Annual administration report of the Civil Veterinary Department of India - 1897-1898
Year: 1897
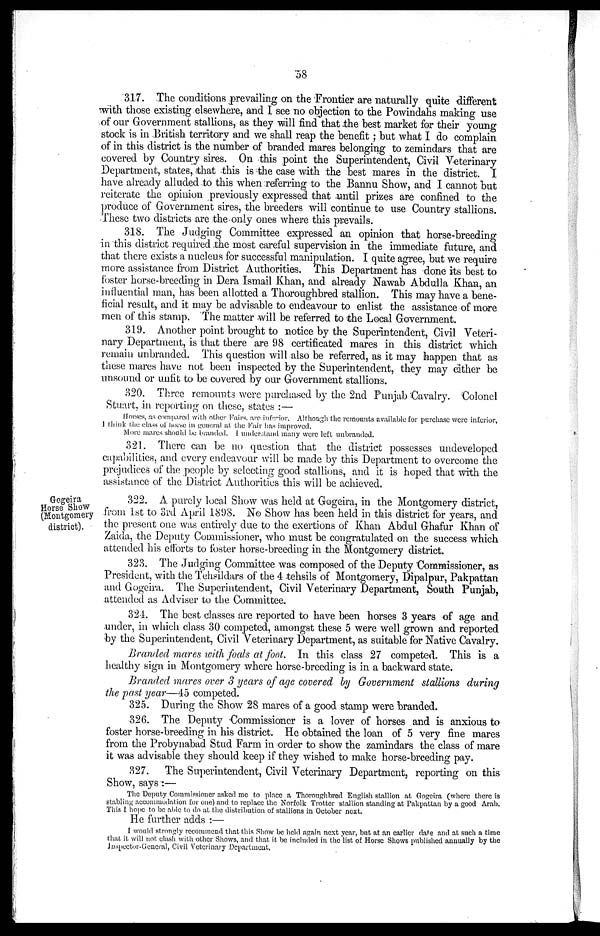
58
317. The conditions prevailing on the Frontier are naturally quite different
with those existing elsewhere, and I see no objection to the Powindahs making use
of our Government stallions, as they will find that the best market for their young
stock is in British territory and we shall reap the benefit; but what I do complain
of in this district is the number of branded mares belonging to zemindars that are
covered by Country sires. On this point the Superintendent, Civil Veterinary
Department, states, that this is the case with the best mares in the district. I
have already alluded to this when referring to the Bannu Show, and I cannot but
reiterate the opinion previously expressed that until prizes are confined to the
produce of Government sires, the breeders will continue to use Country stallions.
These two districts are the only ones where this prevails.
318. The Judging Committee expressed an opinion that horse-breeding
in this district required the most careful supervision in the immediate future, and
that there exists a nucleus for successful manipulation. I quite agree, but we require
more assistance from District Authorities. This Department has done its best to
foster horse-breeding in Dera Ismail Khan, and already Nawab Abdulla Khan, an
influential man, has been allotted a Thoroughbred stallion. This may have a bene-
ficial result, and it may be advisable to endeavour to enlist the assistance of more
men of this stamp. The matter will be referred to the Local Government.
319. Another point brought to notice by the Superintendent, Civil Veteri-
nary Department, is that there are 98 certificated mares in this district which
remain unbranded. This question will also be referred, as it may happen that as
these mares have not been inspected by the Superintendent, they may either be
unsound or unfit to be covered by our Government stallions.
320. Three remounts were purchased by the 2nd Punjab Cavalry. Colonel
Stuart, in reporting on these, status:—
Horses, as compared with other Fairs, are inferior. Although the remounts available for purchase were inferior,
I think the class of horse in general at the Fair has improved.
More mares should be branded. I understand many were left unbranded.
321. There can be no question that the district possesses undeveloped
capabilities, and every endeavour will be made by this Department to overcome the
prejudices of the people by selecting good stallions, and it is hoped that with the
assistance of the District Authorities this will be achieved.
Grogeira
Horse Show
(Montgomery
district).
322. A purely local Show was held at Gogeira, in the Montgomery district,
from 1st to 3rd April 1898. No Show has been held in this district for years, and
the present one was entirely due to the exertions of Khan Abdul Ghafur Khan of
Zaida, the Deputy Commissioner, who must be congratulated on the success which
attended his efforts to foster horse-breeding in the Montgomery district.
323. The Judging Committee was composed of the Deputy Commissioner, as
President, with the Tehsildars of the 4 tehsils of Montgomery, Dipalpur, Pakpattan
and Gogeira. The Superintendent, Civil Veterinary Department, South Punjab,
attended as Adviser to the Committee.
324 The best classes are reported to have been horses 3 years of age and
under, in which class 30 competed, amongst these 5 were well grown and reported
by the Superintendent, Civil Veterinary Department, as suitable for Native Cavalry.
Branded mares with foals at foot. In this class 27 competed. This is a
healthy sign in Montgomery where horse-breeding is in a backward state.
Branded mares over 3 years of age covered by Government stallions during
the past year—45 competed.
325. During the Show 28 mares of a good stamp were branded.
326. The Deputy Commissioner is a lover of horses and is anxious to
foster horse-breeding in his district. He obtained the loan of 5 very fine mares
from the Probynabad Stud Farm in order to show the zamindars the class of mare
it was advisable they should keep if they wished to make horse-breeding pay.
327.
The Superintendent, Civil Veterinary Department, reporting on this
Show, says:—
The Deputy Commissioner asked me to place a Thoroughbred English stallion at Gogeira (where there is
stabling accommodation for one) and to replace the Norfolk Trotter stallion standing at Pakpattan by a good Arab.
This I hope to be able to do at the distribution of stallions in October next.
He further adds:—
I would strongly recommend that this Show be held again next year, but at an earlier date and at such a time
that it will not. clash with other Shows, and that it be included in the list of Horse Shows published annually by the
Inspector-General, Civil Veterinary Department.